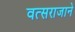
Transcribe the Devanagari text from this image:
वत्सराजाने